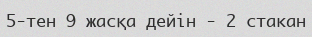
5-тен 9 жасқа дейін - 2 стакан